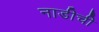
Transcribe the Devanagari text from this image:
नाडीची